Vaccination in Burma 1889-1999 - 1889-1999
Year: 1889
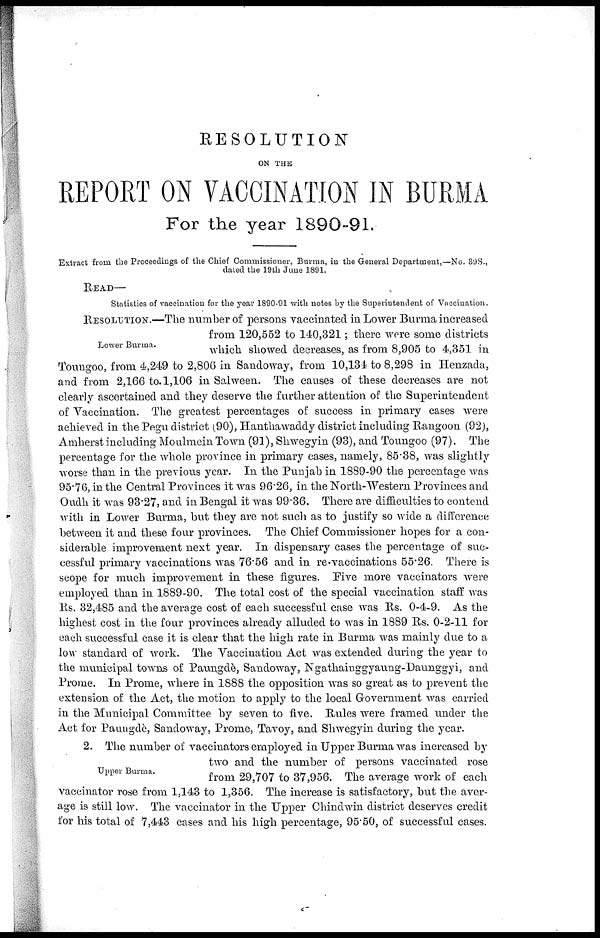
RESOLUTION
ON THE
REPORT ON VACCINATION IN BURMA
For the year 1890-91.
Extract from the Proceedings of the Chief Commissioner, Burma, in the General Department,—No. 39S.,
dated the 19th June 1891.
READ—
Statistics of vaccination for the year 1890-91 with notes by the Superintendent of Vaccination.
Lower Burma.
RESOLUTION.—The number of persons vaccinated in Lower Burma increased
from 120,552 to 140,321; there were some districts
which showed decreases, as from 8,905 to 4,351 in
Toungoo, from 4,249 to 2,806 in Sandoway, from 10,134 to 8,298 in Henzada,
and from 2,166 to. 1,106 in Salween. The causes of these decreases are not
clearly ascertained and they deserve the further attention of the Superintendent
of Vaccination. The greatest percentages of success in primary cases were
achieved in the Pegu district (90), Hanthawaddy district including Rangoon (92),
Amherst including Moulmein Town (91), Shwegyin (93), and Toungoo (97). The
percentage for the whole province in primary cases, namely, 85.38, was slightly
worse than in the previous year. In the Punjab in 1889-90 the percentage was
95.76, in the Central Provinces it was 96.26, in the North-Western Provinces and
Oudh it was 93.27, and in Bengal it was 99.36. There are difficulties to contend
with in Lower Burma, but they are not such as to justify so wide a difference
between it and these four provinces. The Chief Commissioner hopes for a con-
siderable improvement next year. In dispensary cases the percentage of suc-
cessful primary vaccinations was 76.56 and in re-vaccinations 55.26. There is
scope for much improvement in these figures. Five more vaccinators were
employed than in 1889-90. The total cost of the special vaccination staff was
Rs. 32,485 and the average cost of each successful case was Rs. 0-4-9. As the
highest cost in the four provinces already alluded to was in 1889 Rs. 0-2-11 for
each successful case it is clear that the high rate in Burma was mainly due to a
low standard of work. The Vaccination Act was extended during the year to
the municipal towns of Paungdè, Sandoway, Ngathainggyaung-Daunggyi, and
Prome. In Prome, where in 1888 the opposition was so great as to prevent the
extension of the Act, the motion to apply to the local Government was carried
in the Municipal Committee by seven to five. Rules were framed under the
Act for Paungdè, Sandoway, Prome, Tavoy, and Shwegyin during the year.
Upper Burma.
2. The number of vaccinators employed in Upper Burma was increased by
two and the number of persons vaccinated rose
from 29,707 to 37,956. The average work of each
vaccinator rose from 1,143 to 1,356. The increase is satisfactory, but the aver-
age is still low. The vaccinator in the Upper Chindwin district deserves credit
for his total of 7,443 cases and his high percentage, 95.50, of successful cases.